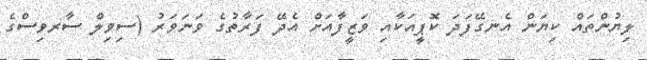
ލިޔުންތައް ކިޔަން އެނގޭފަދަ ކޮޕީއަކާއި ވަޒީފާއަށް އެދޭ ފަރާތުގެ ވަނަވަރު (ސިވިލް ސާރވިސްގެ